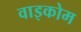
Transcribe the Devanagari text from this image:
वाइकोम